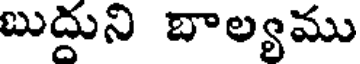
బుద్దుని బాల్యము